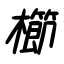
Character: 櫛